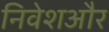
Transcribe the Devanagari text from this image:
निवेशऔर